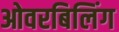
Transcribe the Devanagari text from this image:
ओवरबिलिंग